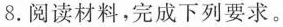
8.阅读材料，完成下列要求。